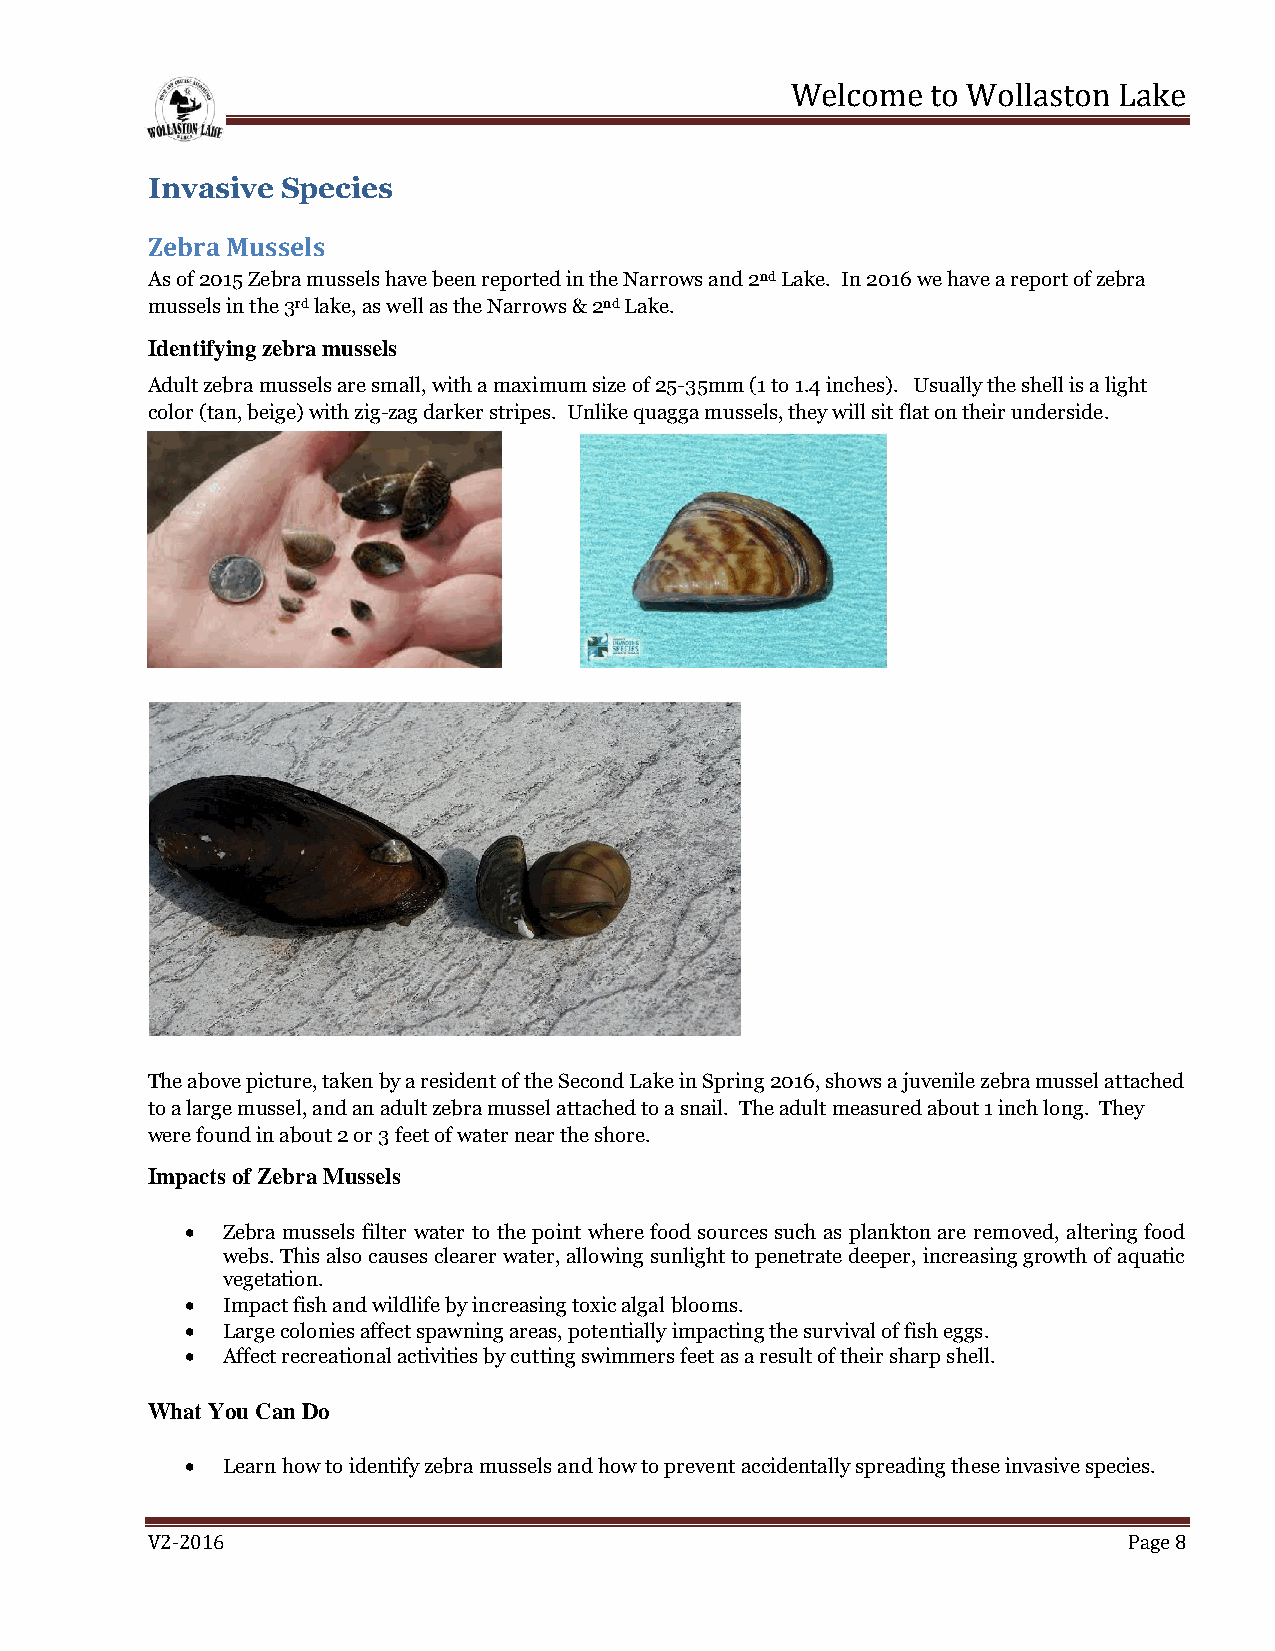
Welcome   to Wollaston Lake
 Invasive Species
 Zebra Mussels
 As of 2015 Zebra mussels have been reported in the Narrows and 2nd Lake. In 2016 we have a report of zebra
 mussels in the 3rd lake, as well as the Narrows & 2nd Lake.
 Identifying zebra mussels
 Adult zebra mussels are small, with a maximum size of 25-35mm (1 to 1.4 inches). Usually the shell is a light
 color (tan, beige) with zig-zag darker stripes. Unlike quagga mussels, they will sit flat on their underside.
 The above picture, taken by a resident of the Second Lake in Spring 2016, shows a juvenile zebra mussel attached
 to a large mussel, and an adult zebra mussel attached to a snail. The adult measured about 1 inch long. They
 were found in about 2 or 3 feet of water near the shore.
 Impacts of Zebra Mussels
   Zebra mussels filter water to the point where food sources such as plankton are removed, altering food
 webs. This also causes clearer water, allowing sunlight to penetrate deeper, increasing growth of aquatic
 vegetation.
   Impact fish and wildlife by increasing toxic algal blooms.
   Large colonies affect spawning areas, potentially impacting the survival of fish eggs.
   Affect recreational activities by cutting swimmers feet as a result of their sharp shell.
 What You Can Do
   Learn how to identify zebra mussels and how to prevent accidentally spreading these invasive species.
 V2-2016                                                          Page 8